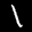
Label: 1